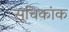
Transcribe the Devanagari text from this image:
सूचिकांक